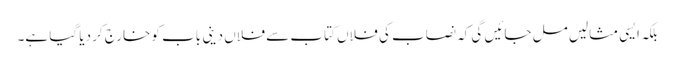
بلکہ ایسی مثالیں مل جائیں گی کہ نصاب کی فلاں کتاب سے فلاں دینی باب کو خارج کر دیا گیا ہے۔